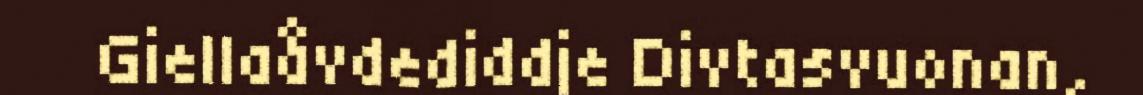
Giellaåvdediddje Divtasvuonan,